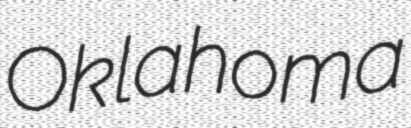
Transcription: Oklahoma